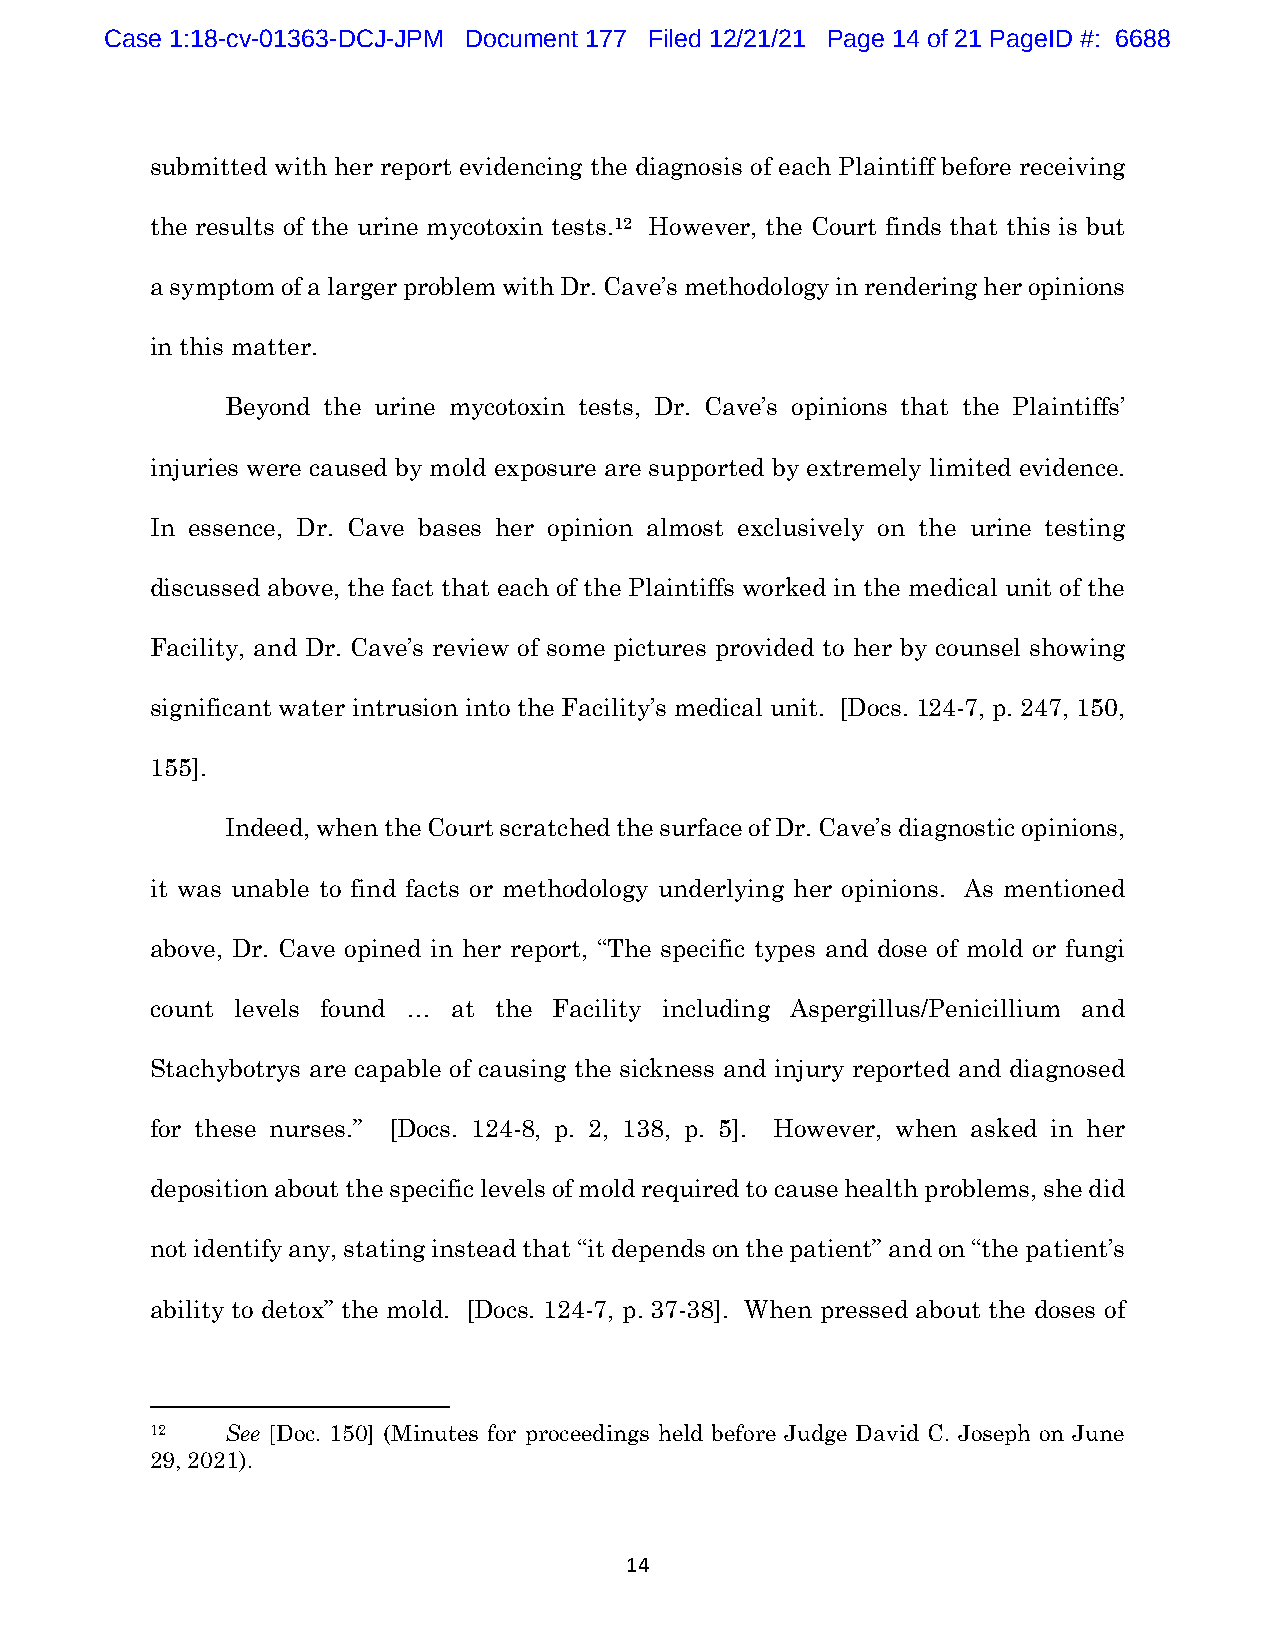
Case 1:18-cv-01363-DCJ-JPM Document 177 Filed 12/21/21 Page 14 of 21 PageID #: 6688
 submitted with her report evidencing the diagnosis of each Plaintiff before receiving
 the results of the urine mycotoxin tests.12 However, the Court finds that this is but
 a symptom of a larger problem with Dr. Cave’s methodology in rendering her opinions
 in this matter.
 Beyond the urine mycotoxin tests, Dr. Cave’s opinions that the Plaintiffs’
 injuries were caused by mold exposure are supported by extremely limited evidence.
 In essence, Dr. Cave bases her opinion almost exclusively on the urine testing
 discussed above, the fact that each of the Plaintiffs worked in the medical unit of the
 Facility, and Dr. Cave’s review of some pictures provided to her by counsel showing
 significant water intrusion into the Facility’s medical unit. [Docs. 124-7, p. 247, 150,
 155].
 Indeed, when the Court scratched the surface of Dr. Cave’s diagnostic opinions,
 it was unable to find facts or methodology underlying her opinions. As mentioned
 above, Dr. Cave opined in her report, “The specific types and dose of mold or fungi
 count levels found … at the Facility including Aspergillus/Penicillium and
 Stachybotrys are capable of causing the sickness and injury reported and diagnosed
 for these nurses.” [Docs. 124-8, p. 2, 138, p. 5]. However, when asked in her
 deposition about the specific levels of mold required to cause health problems, she did
 not identify any, stating instead that “it depends on the patient” and on “the patient’s
 ability to detox” the mold. [Docs. 124-7, p. 37-38]. When pressed about the doses of
 12   See [Doc. 150] (Minutes for proceedings held before Judge David C. Joseph on June
 29, 2021).
 14